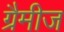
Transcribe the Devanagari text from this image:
ग्रैमीज